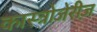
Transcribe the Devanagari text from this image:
कास्त्रोजेरीज़